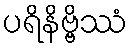
ပရိနိဗ္ဗိဿံ